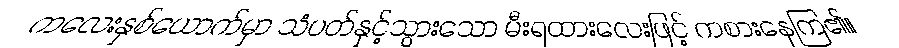
ကလေးနှစ်ယောက်မှာ သံပတ်နှင့်သွားသော မီးရထားလေးဖြင့် ကစားနေကြ၏။